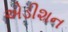
એડીશન